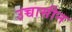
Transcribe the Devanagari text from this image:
उच्चासीन